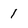
Character: 1